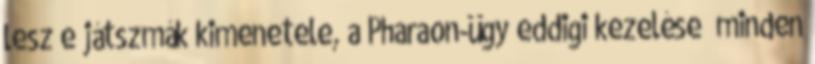
lesz e játszmák kimenetele, a Pharaon-ügy eddigi kezelése „minden